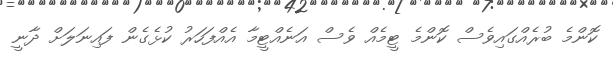
ކޮންމެ ބުރެއްގައިވެސް ކޮންމެ ޓީމެއް ވެސް އަނެއްޓީމާ އެއްފަހަރު ކުޅެގެން ފައިނަލަށް ދާނީ